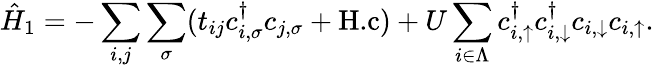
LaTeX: \hat{H}_{1}=-\sum_{i,j}\sum_{\sigma}(t_{ij}c_{i,\sigma}^{\dagger}c_{j,\sigma}+\textnormal{H.c})+U\sum_{i\in\Lambda}c_{i,\uparrow}^{\dagger}c_{i,\downarrow}^{\dagger}c_{i,\downarrow}c_{i,\uparrow}.